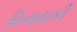
વિનાયકી